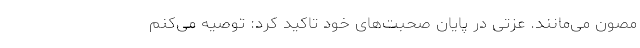
مصون می‌مانند. عزتی در پایان صحبت‌های خود تاکید کرد: توصیه می‌کنم